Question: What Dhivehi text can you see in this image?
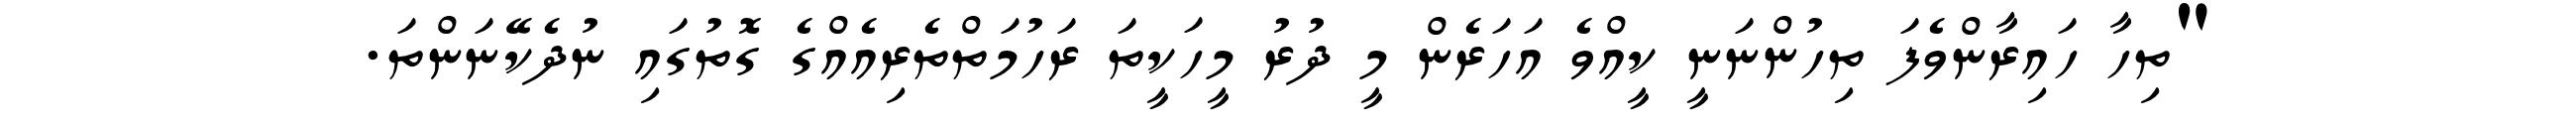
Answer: "ތިހާ ހައިރާންވެފަ ތިހުންނަނީ ކީއްވެ އަހަރެން މީ ދުރު މީހަކީތަ ރަހުމަތްތެރިއެއްގެ ގޮތުގައި ނުދެކޭނަންތަ.